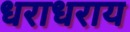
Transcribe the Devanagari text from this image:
धराधराय